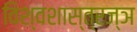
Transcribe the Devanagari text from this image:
विश्वशास्त्रज्ञ